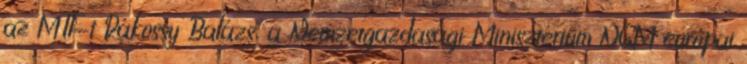
az MTI-t Rákossy Balázs, a Nemzetgazdasági Minisztérium NGM európai